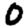
Digit: 0